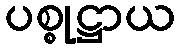
ပစ္စုဋ္ဌာယ